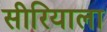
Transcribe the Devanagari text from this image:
सीरियाला